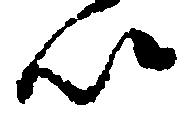
以